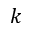
k